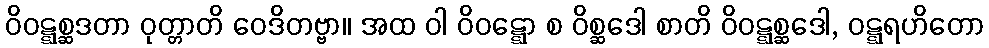
ဝိဝဋ္ဋစ္ဆဒတာ ဝုတ္တာတိ ဝေဒိတဗ္ဗာ။ အထ ဝါ ဝိဝဋ္ဋော စ ဝိစ္ဆဒေါ စာတိ ဝိဝဋ္ဋစ္ဆဒေါ, ဝဋ္ဋရဟိတော